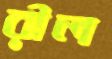
রীল